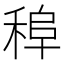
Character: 𱶒